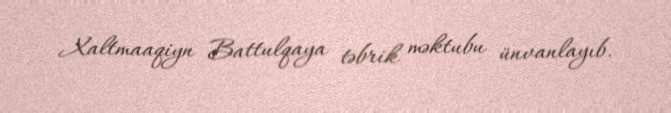
Xaltmaaqiyn Battulqaya təbrik məktubu ünvanlayıb.